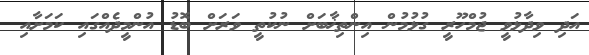
އަދި ވިދާޅުވީ ޖުމްހޫރީ ގުޅުމުން އިންތިޚާބަށް ނުކުތީ ވަރަށް ބޮޑު އުންމީދެއްގައި ކަމަށާއި